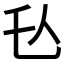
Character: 𬼇